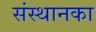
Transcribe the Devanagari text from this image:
संस्थानका